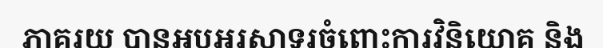
ភាគរយ បានអបអរសាទរចំពោះការវិនិយោគ និង